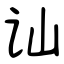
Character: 讪